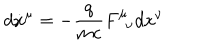
LaTeX: d \dot { x } ^ { \mu } = - \frac { q } { m c } F _ { \, \, \, \nu } ^ { \mu } d { x } ^ { \nu }